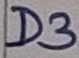
Text: D3